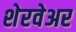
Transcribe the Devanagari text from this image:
शेरवेअर